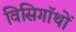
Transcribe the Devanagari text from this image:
विसिगॉथों